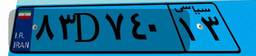
۸۳D۷۴۰۱۳